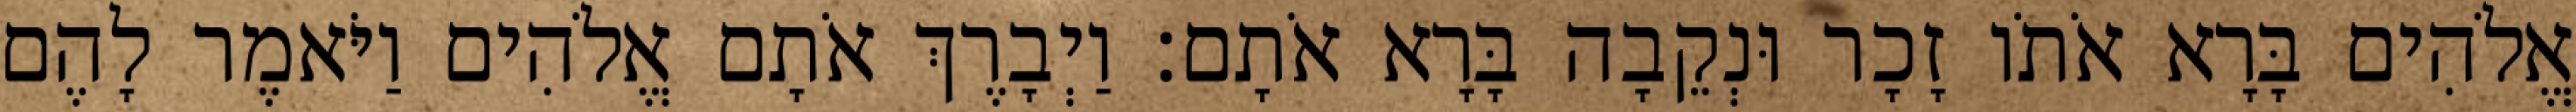
אֱלֹהִים בָּרָא אֹתֹו זָכָר וּנְקֵבָה בָּרָא אֹתָם׃ וַיְבָרֶךְ אֹתָם אֱלֹהִים וַיֹּאמֶר לָהֶם